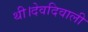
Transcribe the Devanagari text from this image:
थी।देवदिवाली